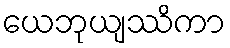
ယေဘုယျဿိကာ